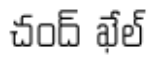
చంద్ ఖేల్